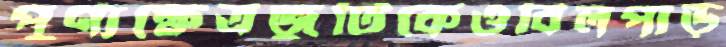
পুণ্যক্ষেত্রজুটিকেওবিলপাড়